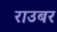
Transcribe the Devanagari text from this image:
राउबर